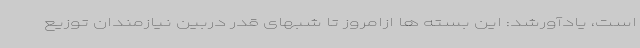
است، یادآورشد: این بسته ها ازامروز تا شبهای قدر دربین نیازمندان توزیع